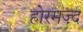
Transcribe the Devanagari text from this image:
होरमज़्द